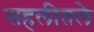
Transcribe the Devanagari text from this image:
सहलीतले